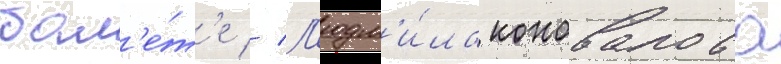
бал'е́т'е // Л'юдм'и́ла коновалова